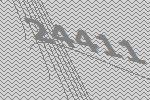
24411